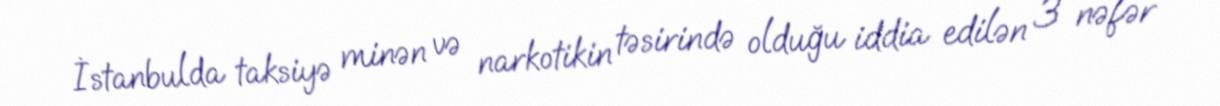
İstanbulda taksiyə minən və narkotikin təsirində olduğu iddia edilən 3 nəfər